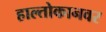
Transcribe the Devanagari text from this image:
हाल्तोकानवर